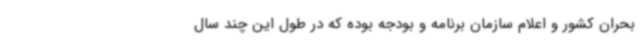
بحران کشور و اعلام سازمان برنامه و بودجه بوده که در طول این چند سال